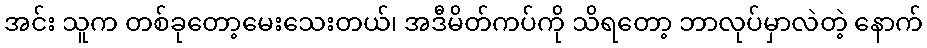
အင်း သူက တစ်ခုတော့မေးသေးတယ်၊ အဒီမိတ်ကပ်ကို သိရတော့ ဘာလုပ်မှာလဲတဲ့ နောက်